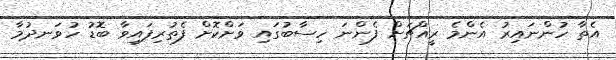
އެތާ ހުންނައިރު އެންމެ ރީއްޗަށް ފެންނަ ހިސާބުގައި ވަށްކޮށް ފެތުރިފައިވާ ބޮޑު ހުވަނދުމާ